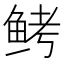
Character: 鲓